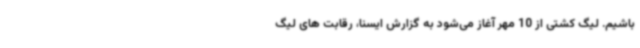
باشیم. لیگ کشتی از 10 مهر آغاز می‌شود به گزارش ایسنا، رقابت های لیگ